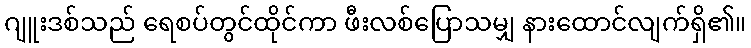
ဂျူးဒစ်သည် ရေစပ်တွင်ထိုင်ကာ ဖီးလစ်ပြောသမျှ နားထောင်လျက်ရှိ၏။